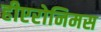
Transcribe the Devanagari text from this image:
हीएरोनिमस